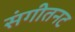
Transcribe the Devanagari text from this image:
संगीतनट